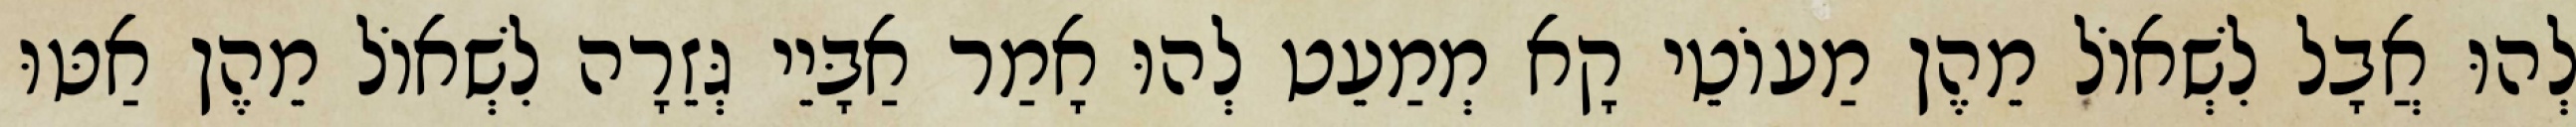
לְהוּ אֲבָל לִשְׁאוֹל מֵהֶן מַעוֹטֵי קָא מְמַעֵט לְהוּ אָמַר אַבָּיֵי גְּזֵרָה לִשְׁאוֹל מֵהֶן אַטּוּ